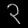
Digit: ၃